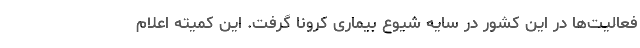
فعالیت‌ها در این کشور در سایه شیوع بیماری کرونا گرفت. این کمیته اعلام